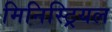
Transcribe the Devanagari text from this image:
मिनिस्ट्रियल